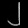
Digit: ၂